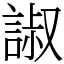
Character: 諔